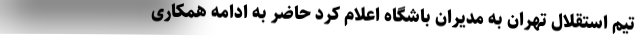
تیم استقلال تهران به مدیران باشگاه اعلام کرد حاضر به ادامه همکاری